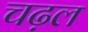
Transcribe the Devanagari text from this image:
चढ़ल